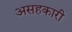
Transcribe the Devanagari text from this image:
असहकारी